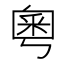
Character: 𫒀